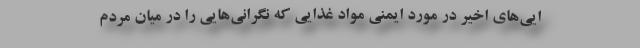
ایی‌های اخیر در مورد ایمنی مواد غذایی که نگرانی‌هایی را در میان مردم